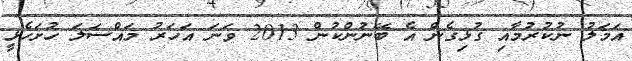
އަމަލު ނުކުރުމާއި ގުޅިގެން އެ ބޭނުންކުން 2013 ވަަނަ އަހަރު މައްސަލަ ހުށަހެޅީ